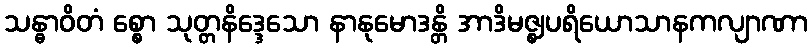
သန္ဓာဝိတံ စ္စော သုတ္တနိဒ္ဒေသော နာနုမောဒန္တိ အာဒိမဇ္ဈပရိယောသာနကလျာဏာ